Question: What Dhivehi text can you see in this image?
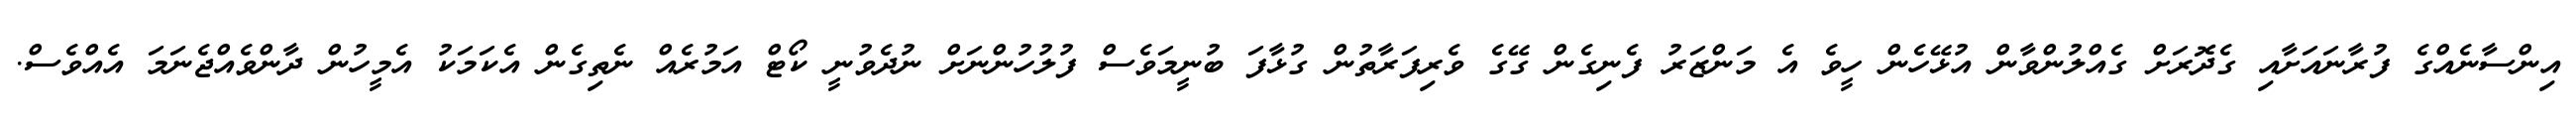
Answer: އިންސާނެއްގެ ފުރާނައަށާއި ގެދޮރަށް ގެއްލުންވާން އުޅޭހެން ހީވެ އެ މަންޒަރު ފެނިގެން ގޭގެ ވެރިފަރާތުން ގުޅާފަ ބުނީމަވެސް ފުލުހުންނަށް ނުދެވުނީ ކޯޓް އަމުރެއް ނެތިގެން އެކަމަކު އެމީހުން ދާންވެއްޖެނަމަ އެއްވެސް.